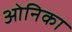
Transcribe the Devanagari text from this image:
ओनिका